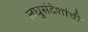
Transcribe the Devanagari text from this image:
लघुसंदेशांची